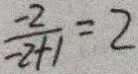
\frac { - 2 } { - 2 + 1 } = 2